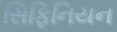
સિફિનિયન